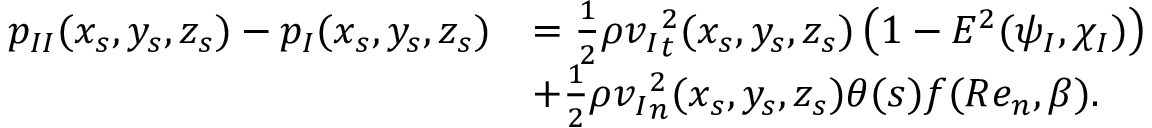
\begin{array} { r l } { { p _ { I I } } ( x _ { s } , y _ { s } , z _ { s } ) - { p _ { I } } ( x _ { s } , y _ { s } , z _ { s } ) } & { = \frac { 1 } { 2 } \rho { v _ { I } } _ { t } ^ { 2 } ( x _ { s } , y _ { s } , z _ { s } ) \left( 1 - E ^ { 2 } ( \psi _ { I } , \chi _ { I } ) \right) } \\ & { + \frac { 1 } { 2 } \rho { v _ { I } } _ { n } ^ { 2 } ( x _ { s } , y _ { s } , z _ { s } ) \theta ( s ) f ( R e _ { n } , \beta ) . } \end{array}